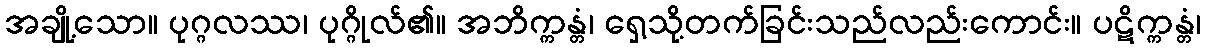
အချို့သော။ ပုဂ္ဂလဿ၊ ပုဂ္ဂိုလ်၏။ အဘိက္ကန္တံ၊ ရှေ့သို့တက်ခြင်းသည်လည်းကောင်း။ ပဋိက္ကန္တံ၊